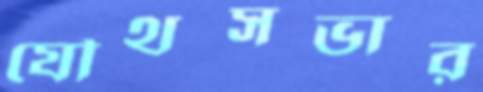
যৌথসভার